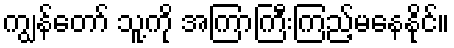
ကျွန်တော် သူ့ကို အကြာကြီးကြည့်မနေနိုင်။